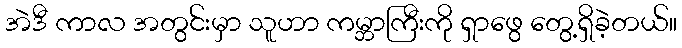
အဲဒီ ကာလ အတွင်းမှာ သူဟာ ကမ္ဘာကြီးကို ရှာဖွေ တွေ့ရှိခဲ့တယ်။